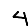
Digit: 4